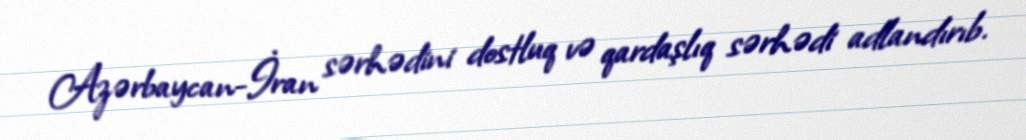
Azərbaycan-İran sərhədini dostluq və qardaşlıq sərhədi adlandırıb.